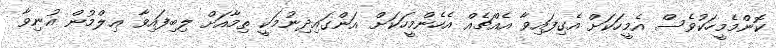
ކޮންމެމީހަކުވެސް އެމީހަކަށް އެގިފައިވާ އެއްޗެއް އެހެންމީހަކަށް އަންގައިދިނުމަކީ ތިމާއަށް ލިބިފައިވާ ޢިލްމުން އުނިވާ